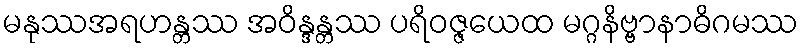
မနုဿအရဟန္တဿ အဝိန္ဒန္တဿ ပရိဝဇ္ဇယေထ မဂ္ဂနိဗ္ဗာနာဓိဂမဿ